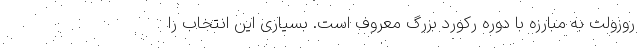
روزولت به مبارزه با دوره رکورد بزرگ معروف است. بسیاری این انتخاب را